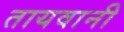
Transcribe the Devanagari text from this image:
तायवानी